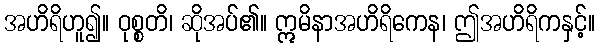
အဟိရိဟူ၍။ ဝုစ္စတိ၊ ဆိုအပ်၏။ ဣမိနာအဟိရိကေန၊ ဤအဟိရိကနှင့်။